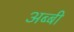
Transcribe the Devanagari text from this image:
अब्बी